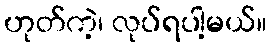
ဟုတ်ကဲ့၊ လုပ်ရပါ့မယ်။